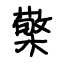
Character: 檠